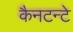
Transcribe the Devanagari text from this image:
कैनटन्टे